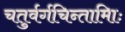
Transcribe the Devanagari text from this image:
चतुर्वर्गचिन्तामािः